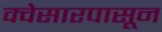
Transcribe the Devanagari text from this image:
क्वेसारपासून